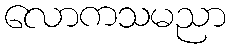
လောကသမညာ